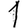
Digit: 1